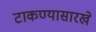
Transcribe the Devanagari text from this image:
टाकण्यासारखे